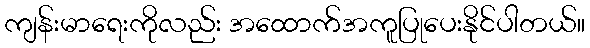
ကျန်းမာရေးကိုလည်း အထောက်အကူပြုပေးနိုင်ပါတယ်။